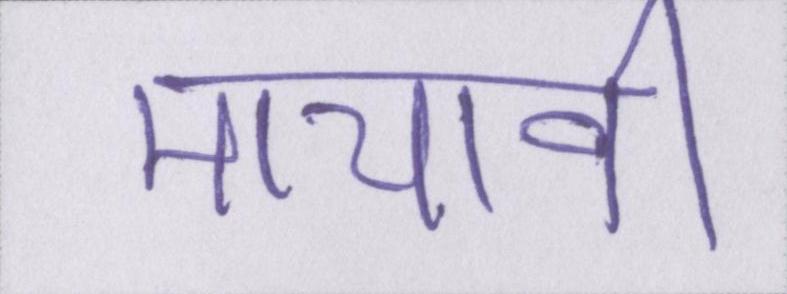
मायावी